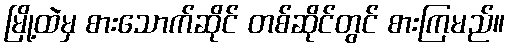
မြို့ထဲမှ စားသောက်ဆိုင် တစ်ဆိုင်တွင် စားကြမည်။